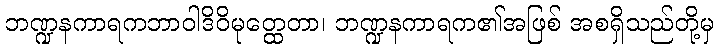
ဘဏ္ဍနကာရကဘာဝါဒိဝိမုတ္ထေတာ၊ ဘဏ္ဍနကာရက၏အဖြစ် အစရှိသည်တို့မှ